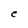
Character: C